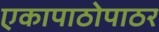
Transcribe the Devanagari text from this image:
एकापाठोपाठर